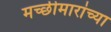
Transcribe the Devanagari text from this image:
मच्छीमारांच्या